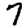
Digit: 7